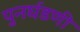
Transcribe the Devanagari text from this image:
पुनर्घडणी